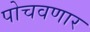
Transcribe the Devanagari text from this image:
पोचवणार